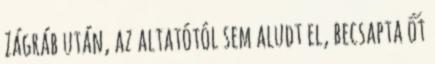
Zágráb után, az altatótól sem aludt el, becsapta őt